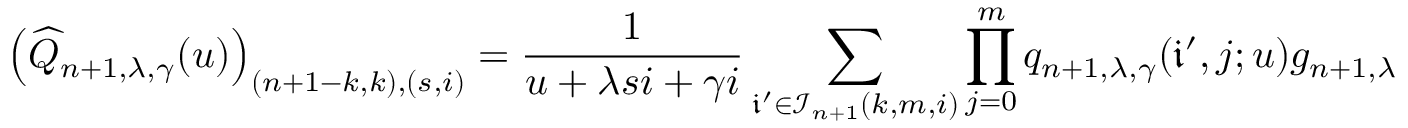
\left( \widehat { Q } _ { n + 1 , \lambda , \gamma } ( u ) \right) _ { ( n + 1 - k , k ) , ( s , i ) } = \frac { 1 } { u + \lambda s i + \gamma i } \sum _ { \mathfrak { i } ^ { \prime } \in \mathcal { I } _ { n + 1 } ( k , m , i ) } \prod _ { j = 0 } ^ { m } q _ { n + 1 , \lambda , \gamma } ( \mathfrak { i } ^ { \prime } , j ; u ) g _ { n + 1 , \lambda , \gamma } ( \mathfrak { i } ^ { \prime } , j ; u ) .